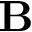
{ \bf B }